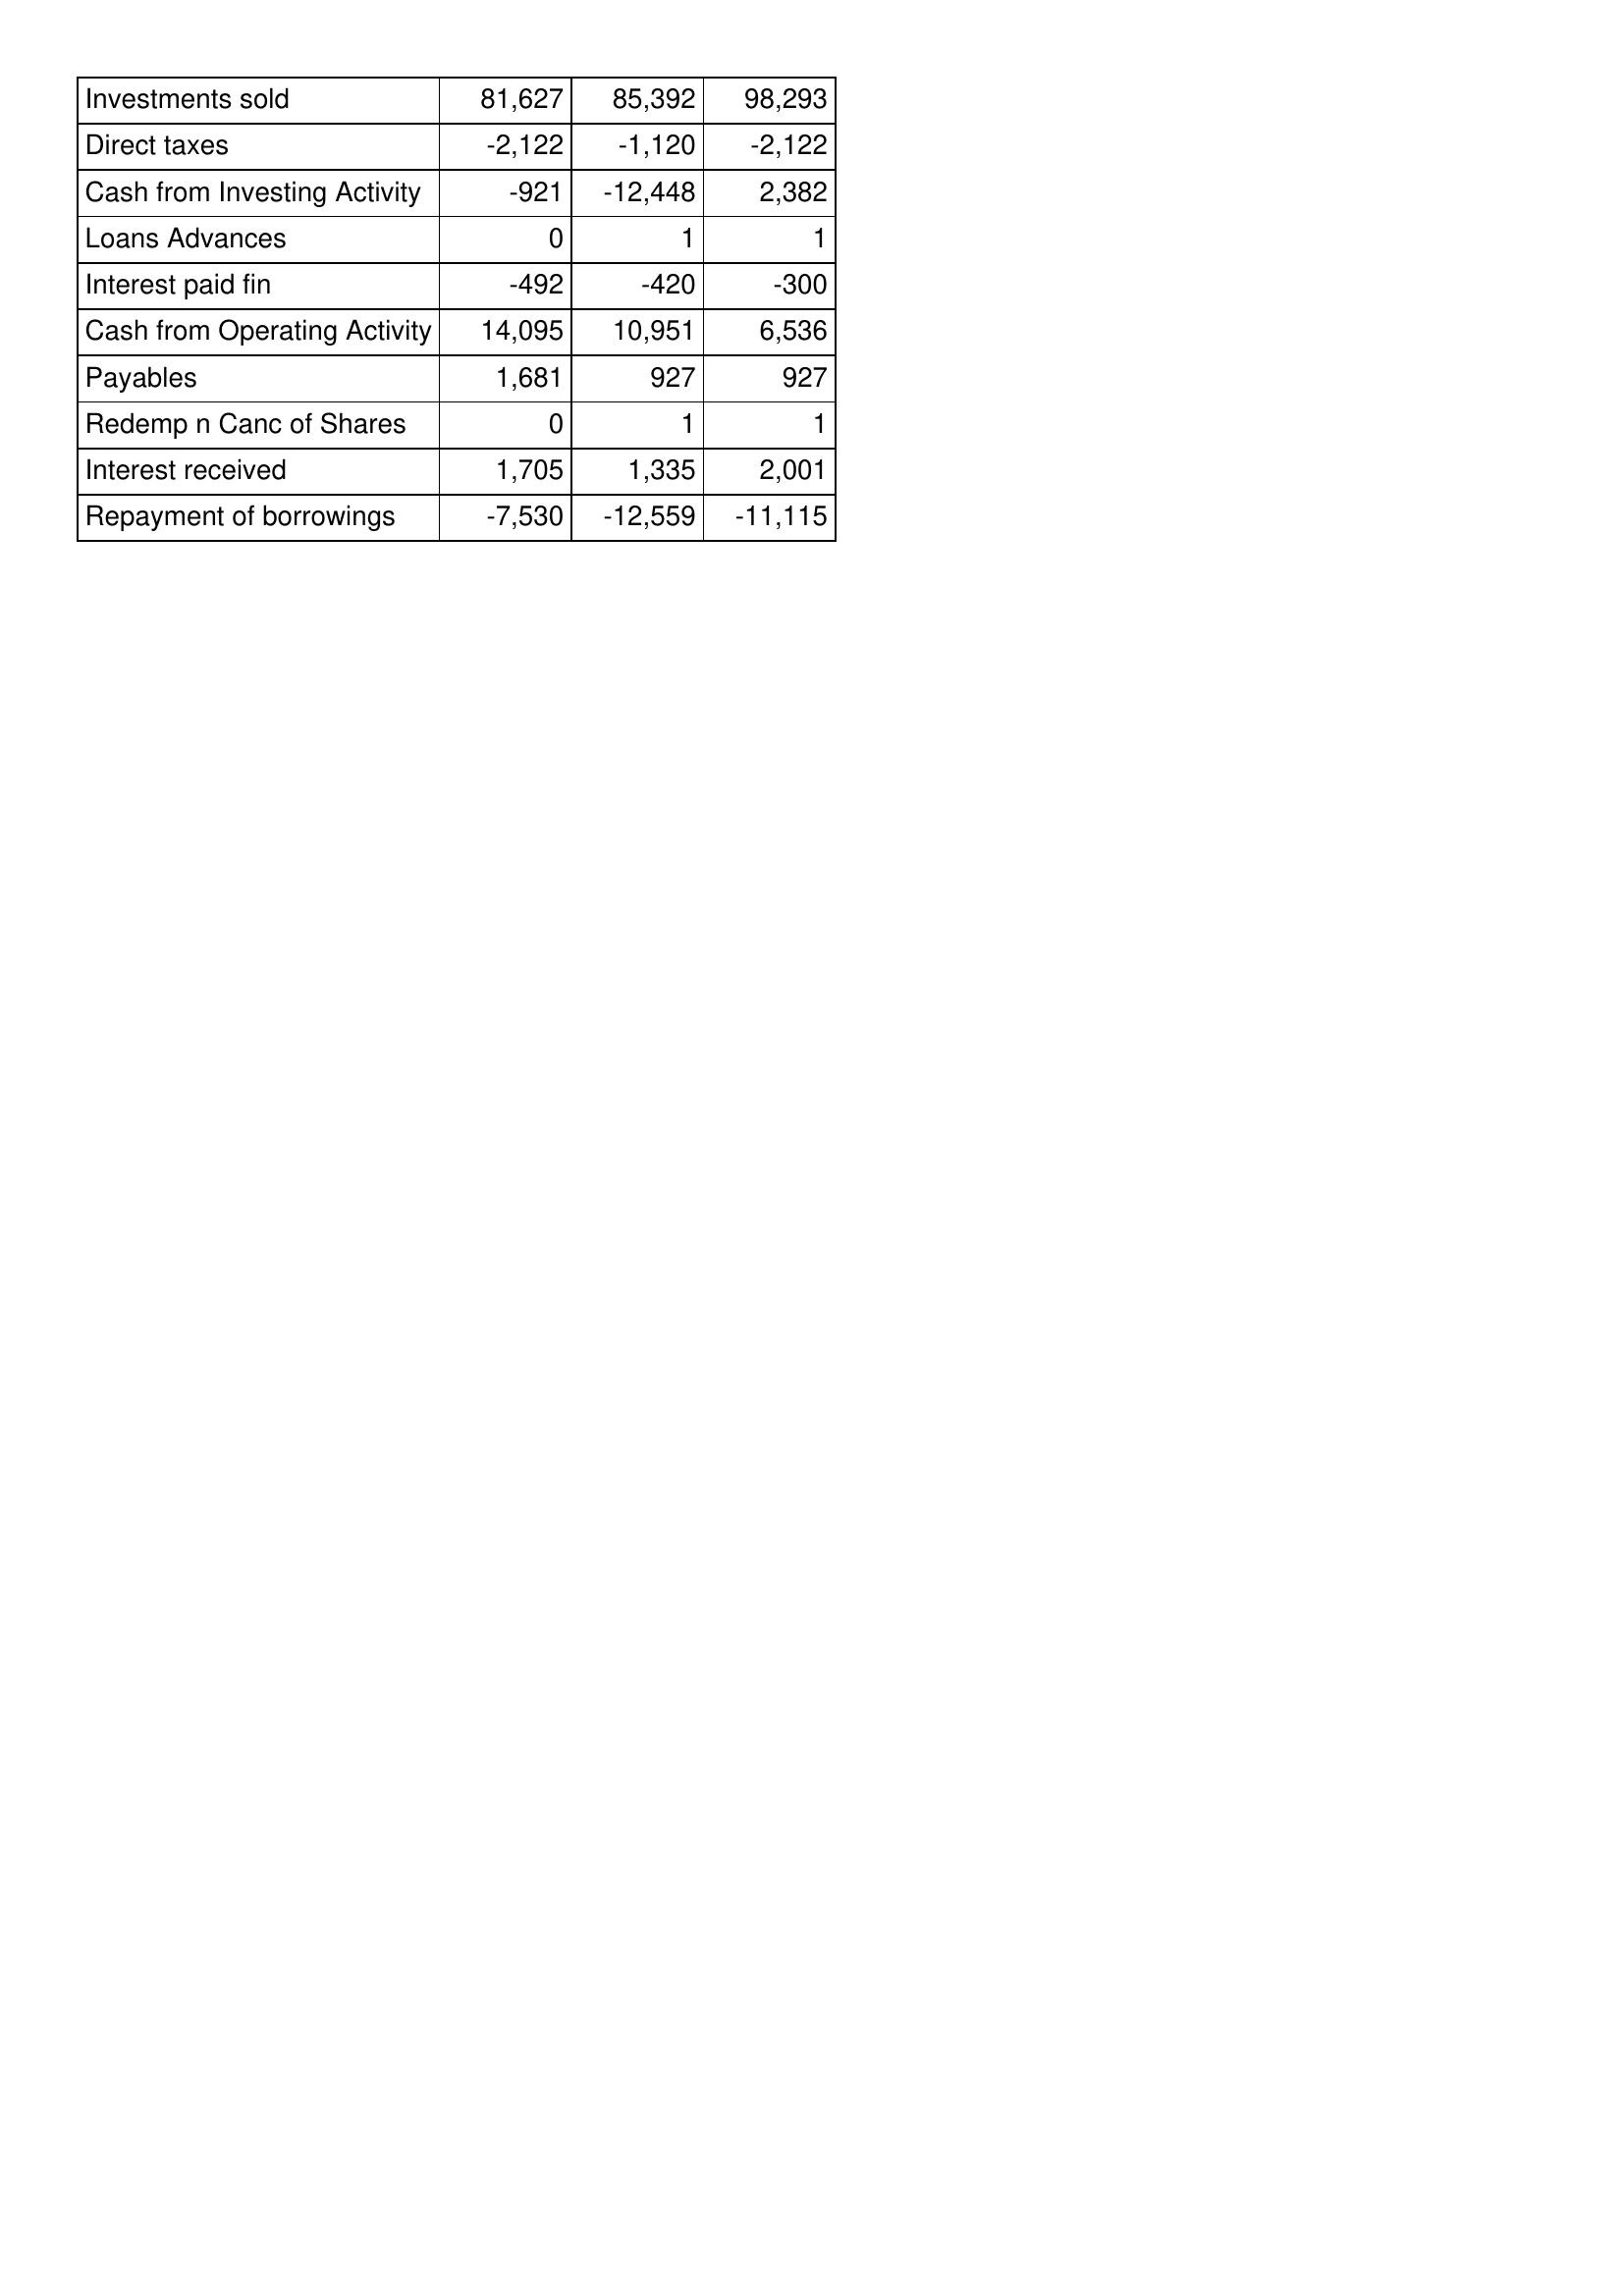
Sep-08: Cash Flows: Investments sold: 81,627
Direct taxes: -2,122
Cash from Investing Activity: -921
Loans Advances: 0
Interest paid fin: -492
Cash from Operating Activity: 14,095
Payables: 1,681
Redemp n Canc of Shares: 0
Interest received: 1,705
Repayment of borrowings: -7,530
Sep-09: Cash Flows: Investments sold: 85,392
Direct taxes: -1,120
Cash from Investing Activity: -12,448
Loans Advances: 1
Interest paid fin: -420
Cash from Operating Activity: 10,951
Payables: 927
Redemp n Canc of Shares: 1
Interest received: 1,335
Repayment of borrowings: -12,559
Sep-10: Cash Flows: Investments sold: 98,293
Direct taxes: -2,122
Cash from Investing Activity: 2,382
Loans Advances: 1
Interest paid fin: -300
Cash from Operating Activity: 6,536
Payables: 927
Redemp n Canc of Shares: 1
Interest received: 2,001
Repayment of borrowings: -11,115